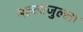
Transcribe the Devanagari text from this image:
मल्लाजुल्ला